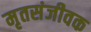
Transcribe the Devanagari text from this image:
मृतसंजीवक